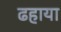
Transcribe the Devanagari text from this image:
ढहाया